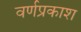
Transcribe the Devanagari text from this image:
वर्णप्रकाश